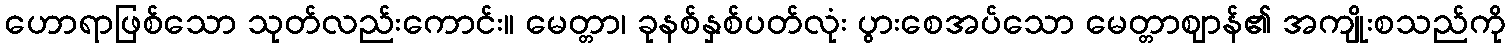
ဟောရာဖြစ်သော သုတ်လည်းကောင်း။ မေတ္တာ၊ ခုနစ်နှစ်ပတ်လုံး ပွားစေအပ်သော မေတ္တာဈာန်၏ အကျိုးစသည်ကို